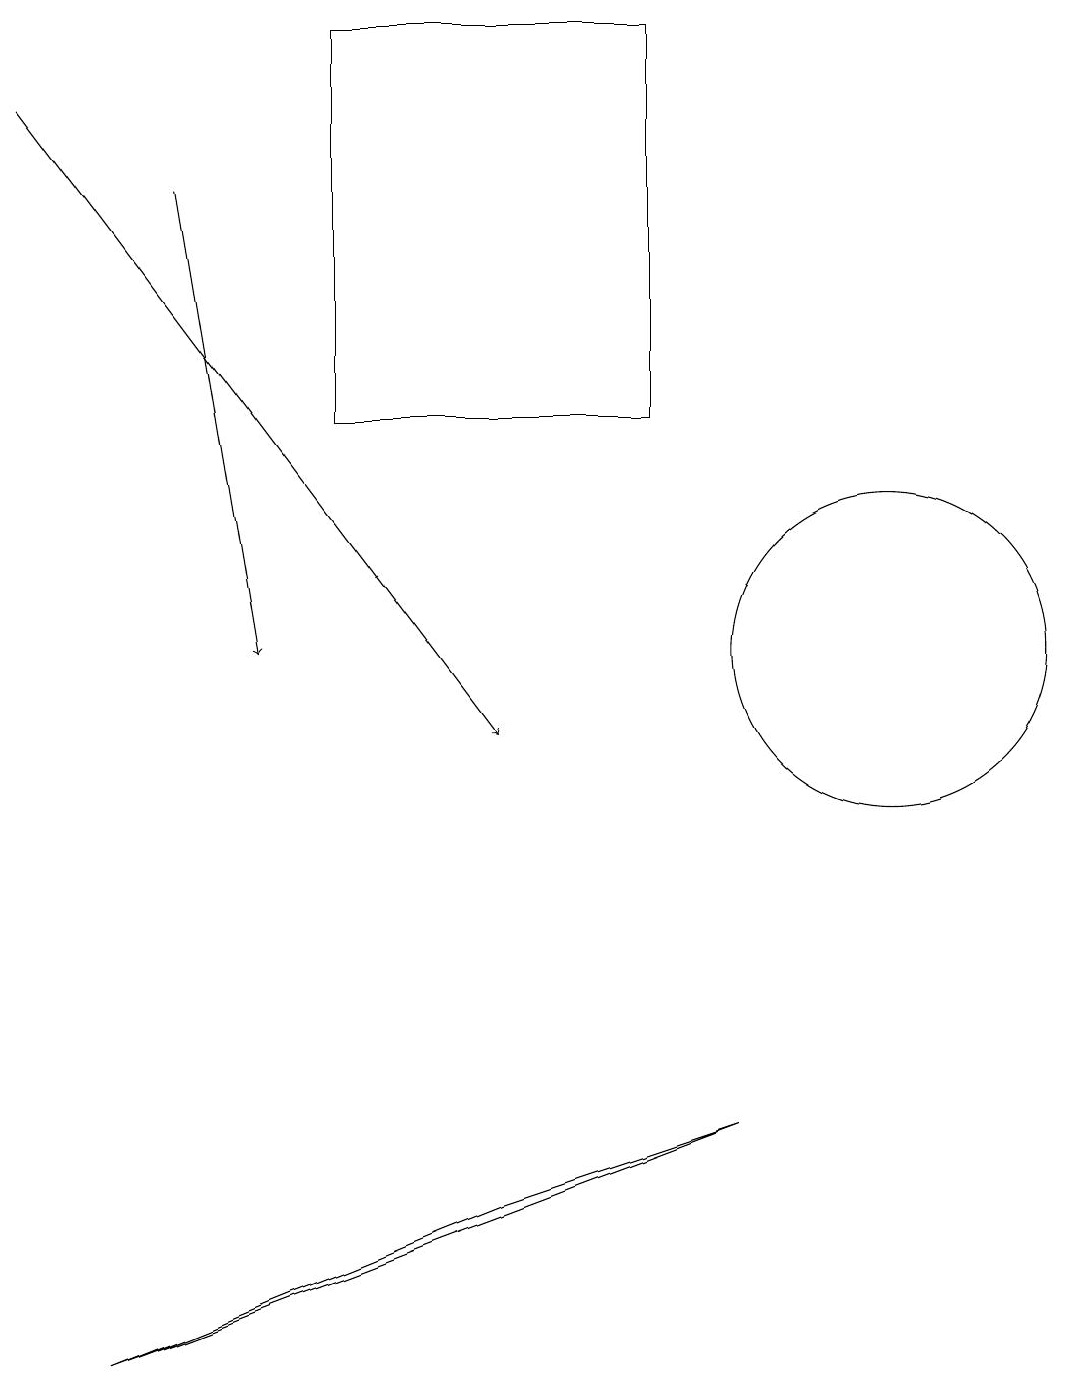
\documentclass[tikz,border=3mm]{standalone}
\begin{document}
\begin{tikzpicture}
\draw[->] (2,17) -- (3,11);
\draw (1,2) -- (6,4) -- (9,5) -- cycle;
\draw[->] (0,18) -- (6,10);
\draw (4,19) rectangle (8,14);
\draw (11,11) circle (2);
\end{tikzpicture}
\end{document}